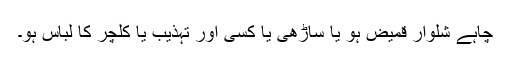
چاہے شلوار قمیض ہو یا ساڑھی یا کسی اور تہذیب یا کلچر کا لباس ہو۔